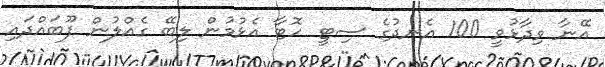
އޭނާ ވިދާޅުވީ 100 އެނދުގެ ސިޓީ ހޮޓާ އެޅުމުން ލިބޭ ގެއްލުން ފޫބައްދައި